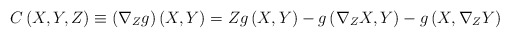
\begin{align*}C\left( X,Y,Z\right) \equiv \left( \nabla _{Z}g\right) \left( X,Y\right)=Zg\left( X,Y\right) -g\left( \nabla _{Z}X,Y\right) -g\left( X,\nabla_{Z}Y\right) \end{align*}